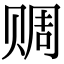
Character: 赒